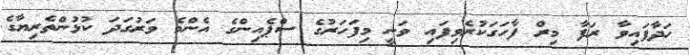
ހަދާފައިވާ ރަފާ މިރް ފާހަގަކުރެވިފައި ވަނީ މިފަހަރުގެ ސްޕެއިންގެ އެންމެ ވަރުގަދަ ކުޅުންތެރިޔާގެ